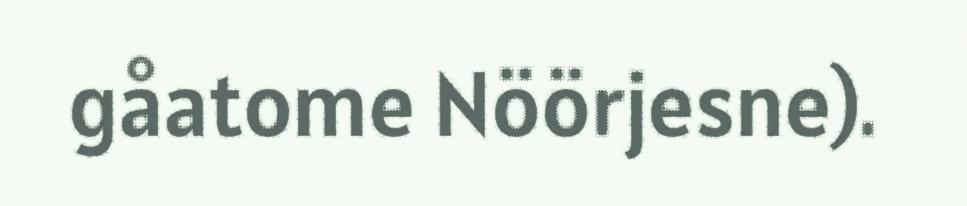
gåatome Nöörjesne).